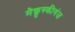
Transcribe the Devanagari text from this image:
मैक्लुस्कीगंज